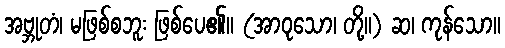
အဗ္ဘုတံ၊ မဖြစ်စဘူး ဖြစ်ပေ၏။ (အာဝုသော၊ တို့။) ဆ၊ ကုန်သော။